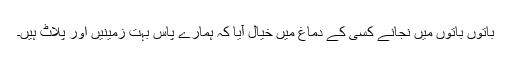
باتوں باتوں میں نجانے کسی کے دماغ میں خیال آیا کہ ہمارے پاس بہت زمینیں اور پلاٹ ہیں۔